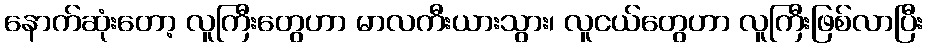
နောက်ဆုံးတော့ လူကြီးတွေဟာ မာလကီးယားသွား၊ လူငယ်တွေဟာ လူကြီးဖြစ်လာပြီး